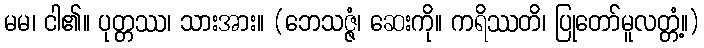
မမ၊ ငါ၏။ ပုတ္တဿ၊ သားအား။ (ဘေသဇ္ဇံ၊ ဆေးကို။ ကရိဿတိ၊ ပြုတော်မူလတ္တံ့။)